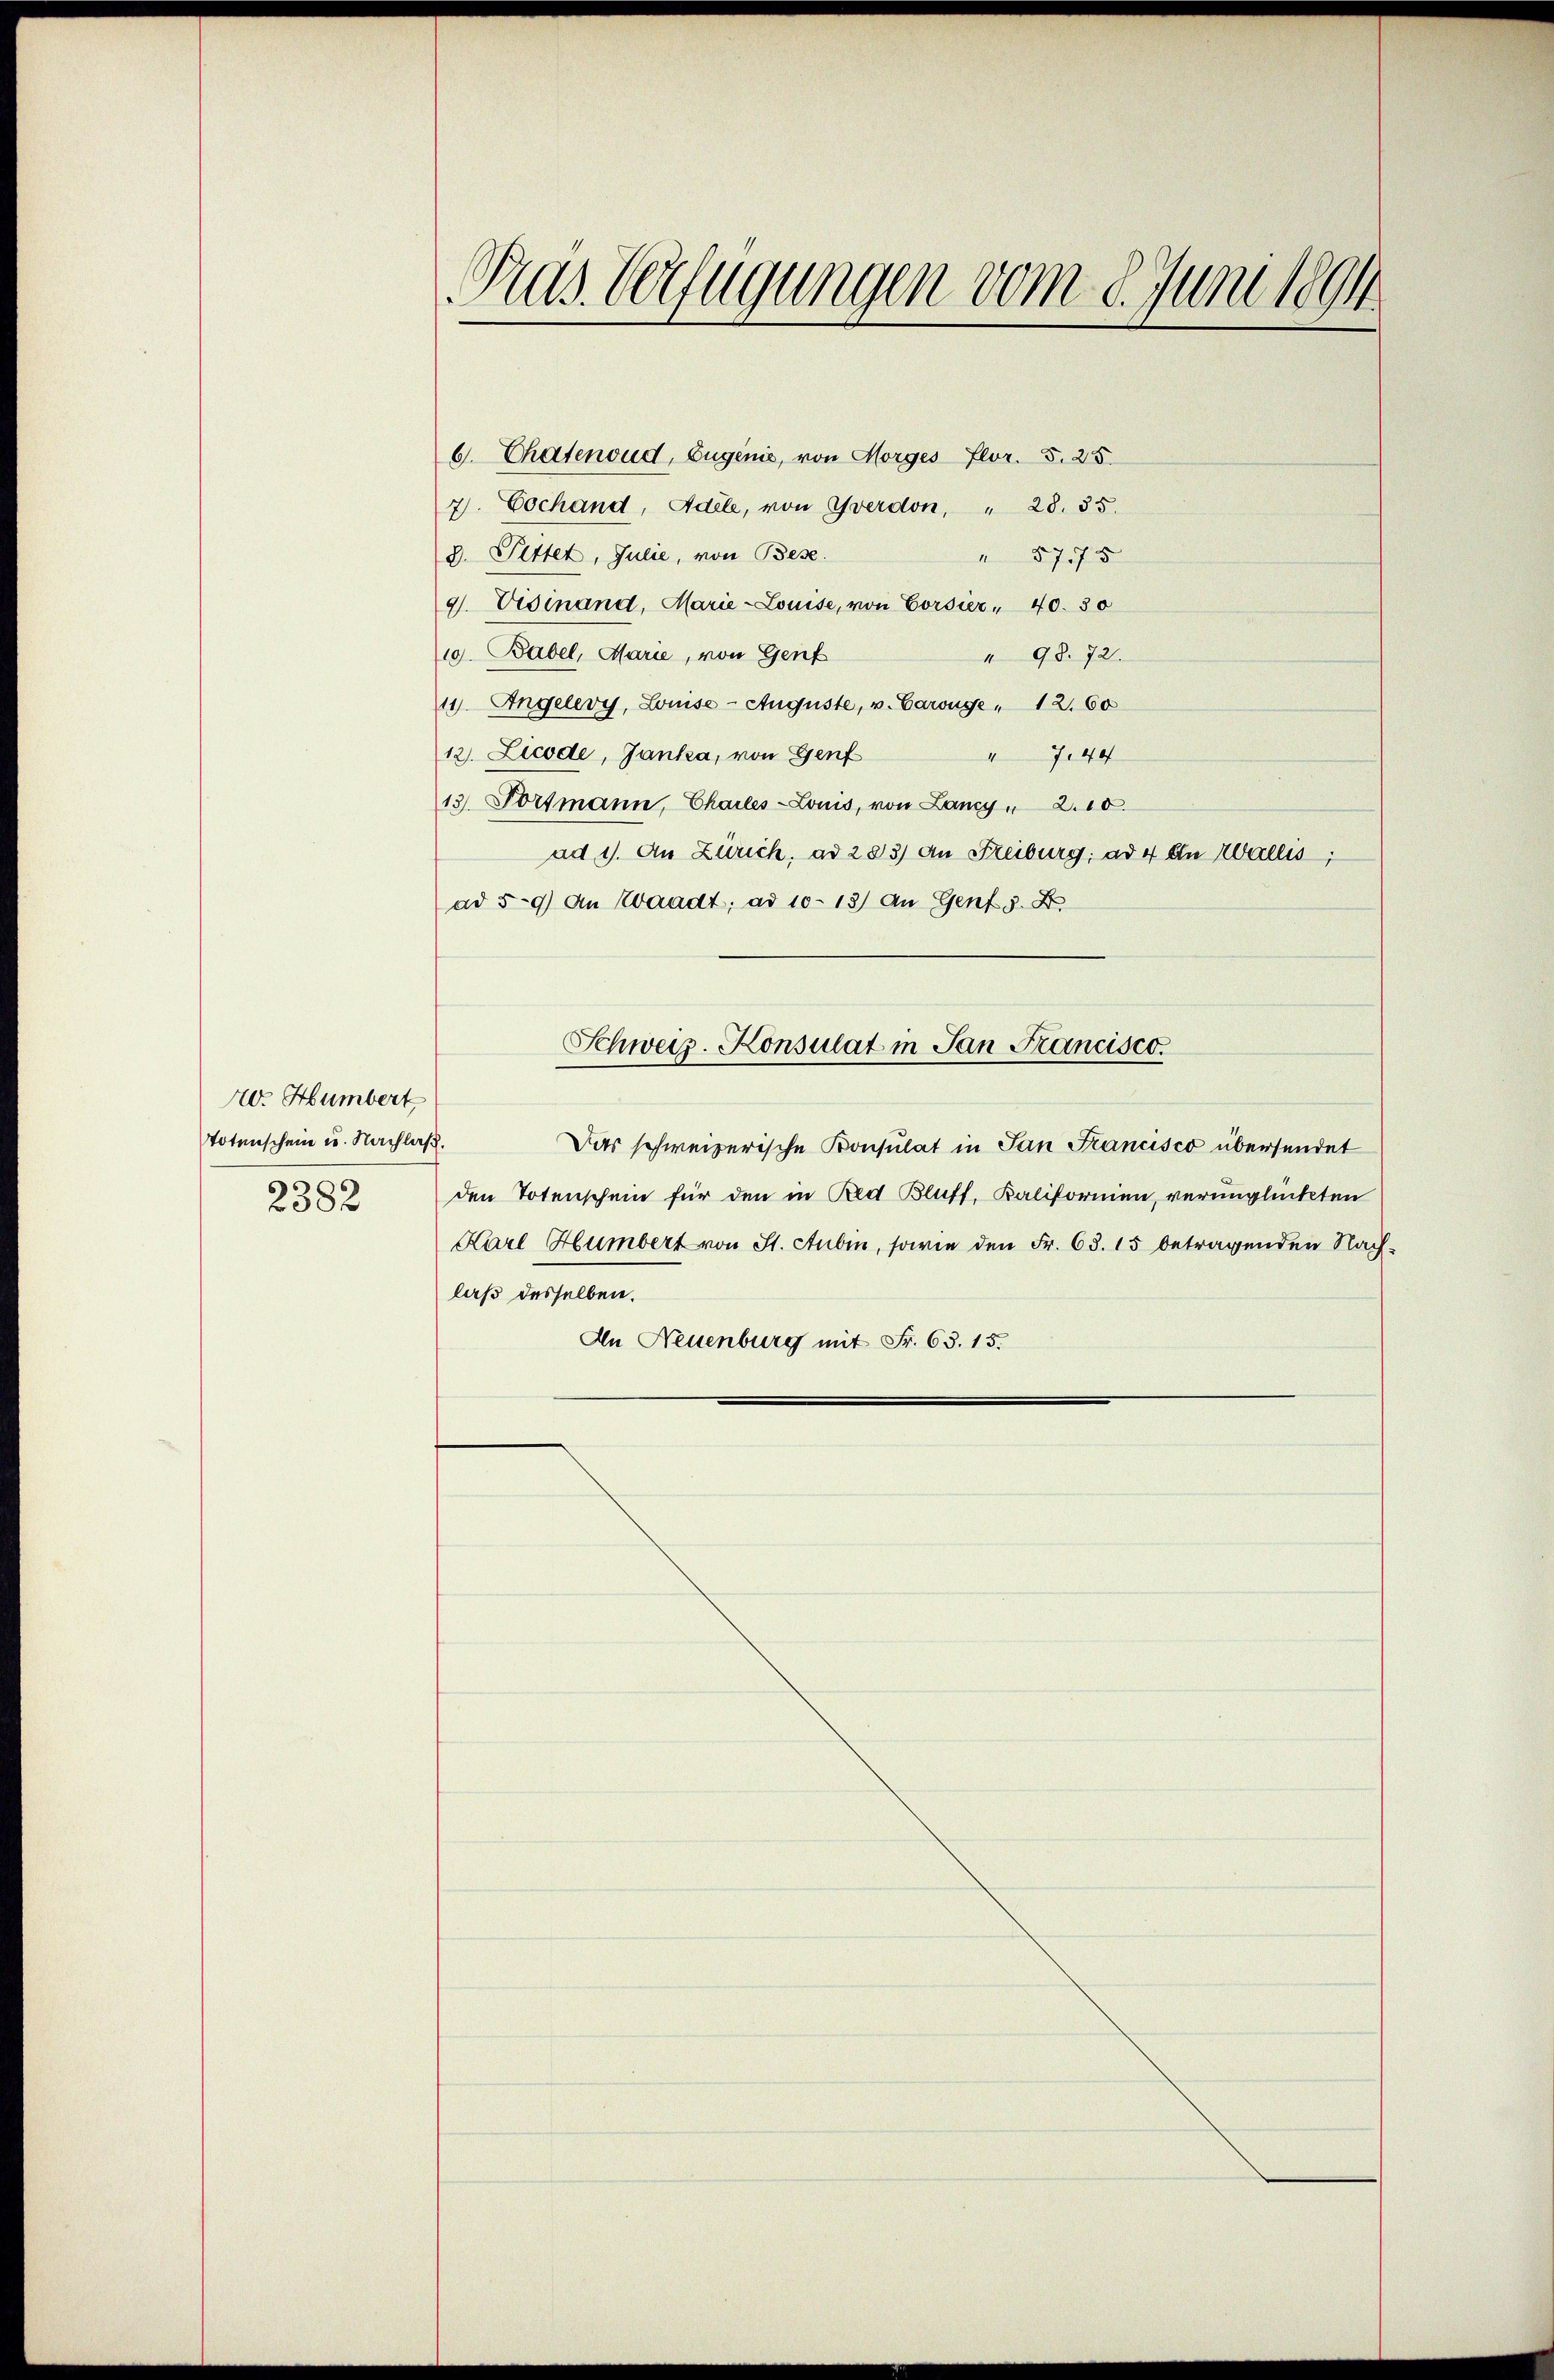
20. Humbert
Totenschein u. Nachlaß.
2382

Fras Verfügungen vom 8. Juni 1894

6. Chatenoud, Eugenie, von Morges Flor. S. 25.
7. Cochand, Adele, von Yverdon, " 28. 35.
d. Pittet, Julie, von Bese.
 8775
9. Visinand, Marie-Louise, von Corsier - 40. 30
19. Babel, Marie, von Genf
 98. 72.
11. Angelevy, Louise - Auguste, v. Carouge " 12. 60
12. Licode, Janka, von Genf
 744
13. Fortmann, Chailes-Louis, von Lancy " 2.10.
ad 1. An Zürich, ad 283) An Freiburg ad 4 ein Wallis,
ad 59) An Waadt; ad 10-13) An Genf s. Z.
Schweiz. Konsulat in Jan Kancisco.
Das schweizerische Konsulat in San Francisco übersendet
den Totenschein für den in Red Bluff, Kaliformen, verunglückten
Karl Humbert von St. Aubin, sowie den Fr. 68. 15 betragenden Nachlaß desselben.
An Neuenburg mit Fr. 63. 15.